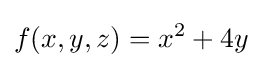
f(x,y,z)=x^{2}+4y